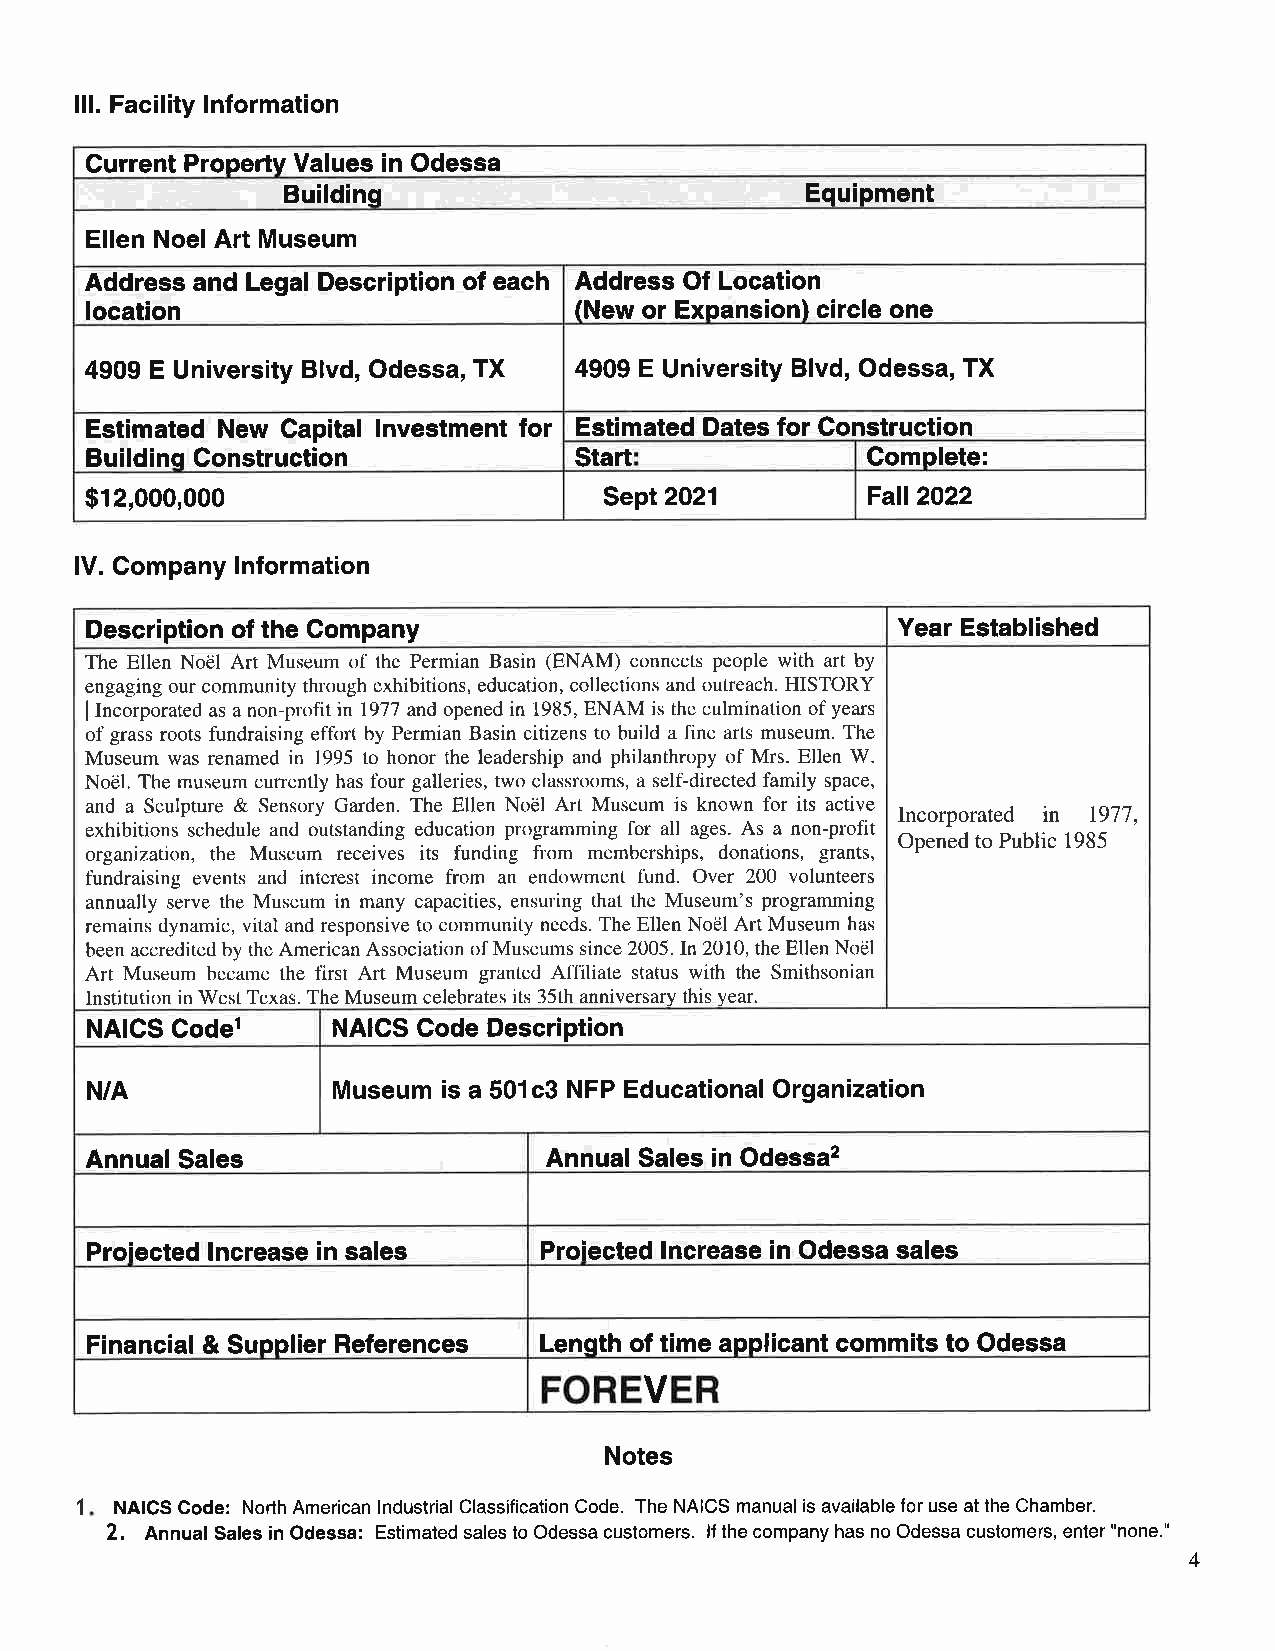
lll. Facility lnformation
 Current Propertv Values in Odessa
 Building                          Equipment
 Ellen Noel Art Museum
 Address and Legal Description of each Address Of Location
 location                        (New or Expansion) circle one
 4909 E University Blvd, Odessa, TX 4909 E University Blvd, Odessa, TX
 Estimated New Gapital lnvestment for Estimated Dates for Construction
 Buildinq Construction           Start              Complete:
 $12,000,000                       Sept 2021         Fall2O22
 lV. Company lnformation
 Description of the Gompany                           Year Established
 The Ellen Nodl Art Museum of the Permian Basin (ENAM) connects people with art by
 engaging our community through exhibitions, education, collections and outreach. HISTORY
 I Incorporated as a non-profitin 1977 and opened in 1985, ENAM is the culmination of years
 of grass roots fundraising effort by Permian Basin citizens to build a fine arts museum. The
 Museum was renamed in 1995 to honor the leadership and philanthropy of Mrs. Ellen W.
 Nodl. The museum cunently has four galleries, two classrooms, a self-directed family space,
 and a Sculpture & Sensory Garden. The Ellen Noel Art Museum is known for its active Incorporated in 1977,
 exhibitions schedule and outstanding education programming for all ages. As a non-profit
 organization, the Museum receives its funding from memberships, donations, grants, opened ro Public 1985
 fundraising events and interest income from an endowment fund. Over 200 volunteers
 annually serve the Museum in many capacities, ensuring that the Museum's programming
 remains dynamic, vital and responsive to community needs. The Ellen Nodl Art Museum has
 been accredited by the American Association of Museums since 2005. In 2010, the Ellen Nodl
 Art Museum became the first Art Museum granted Affiliate status with the Smithsonian
 Institution in West Texas. The Museum celebrates its 35th anniversary this year.
 NAICS Codel     NAICS Code Description
 N/A             Museum is a 501c3 NFP Educational Organization
 Annual Sales                  Annual Sales in Odessa2
 Proiected lncrease in sales   Proiected lncrease in Odessa sales
 Financial & Supplier References LenEth of time applicant commits to Odessa
 FOREVER
 Notes
 1  NAICS Code: North American lndustrial Classification Code. The NAICS manual is available for use at the Chamber.
 2. Annual Sales in Odessa: Estimated sales to Odessa customers. lf the company has no Odessa customers, enter "none."
 4